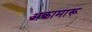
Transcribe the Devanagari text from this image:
अकामारू